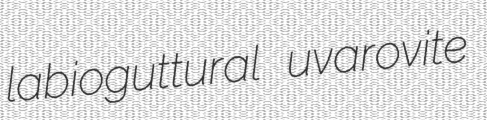
labioguttural uvarovite